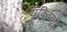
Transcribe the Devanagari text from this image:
युक्तियाँ।